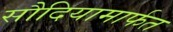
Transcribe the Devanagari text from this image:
सौदियामार्फत